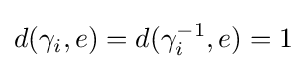
d(\gamma _{i},e)=d(\gamma _{i}^{-1},e)=1